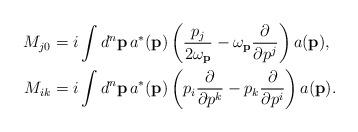
LaTeX: \begin{align*}M_{j0}&= i\int d^n\mathbf{p}\,{a}^{*}(\textbf{p}) \left( \frac{p_j}{2\omega_{\textbf{p}}}-\omega_{\textbf{p}}\frac{\partial}{\partial p^j } \right) a(\textbf{p}),\\ M_{ik}&=i \int d^n\mathbf{p}\, {a}^{*}(\textbf{p}) \left(p_i \frac{\partial}{\partial p^k }-p_k\frac{\partial}{\partial p^i }\right)a(\textbf{p}).\end{align*}